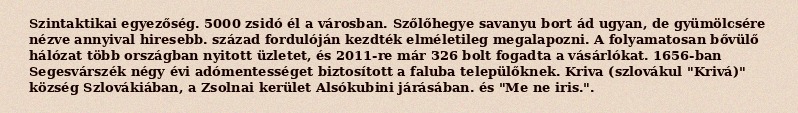
Szintaktikai egyezőség. 5000 zsidó él a városban. Szőlőhegye savanyu bort ád ugyan, de gyümölcsére nézve annyival hiresebb. század fordulóján kezdték elméletileg megalapozni. A folyamatosan bővülő hálózat több országban nyitott üzletet, és 2011-re már 326 bolt fogadta a vásárlókat. 1656-ban Segesvárszék négy évi adómentességet biztosított a faluba települőknek. Kriva (szlovákul "Krivá)" község Szlovákiában, a Zsolnai kerület Alsókubini járásában. és "Me ne iris.".